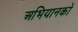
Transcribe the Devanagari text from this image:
अभियानको